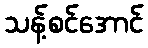
သန့်စင်အောင်